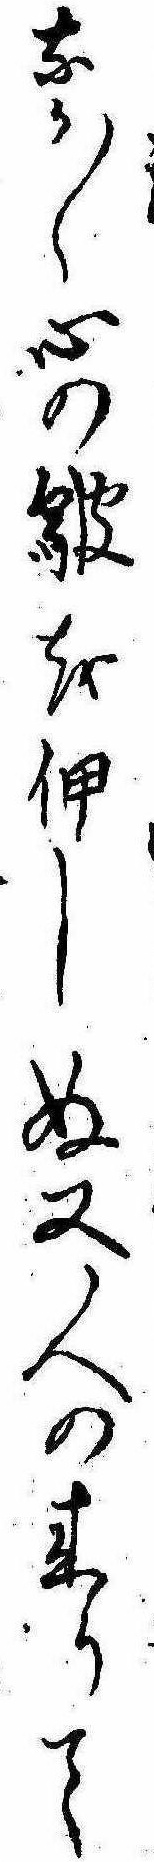
なか〱心の皺を伸しぬ又人の来りて